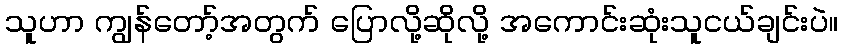
သူဟာ ကျွန်တော့်အတွက် ပြောလို့ဆိုလို့ အကောင်းဆုံးသူငယ်ချင်းပဲ။